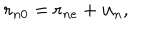
{ \bf r } _ { n 0 } = { \bf r } _ { n e } + { \bf u } _ { n } ,